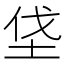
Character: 垡